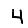
Digit: 4